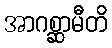
အာဂစ္ဆာမီတိ